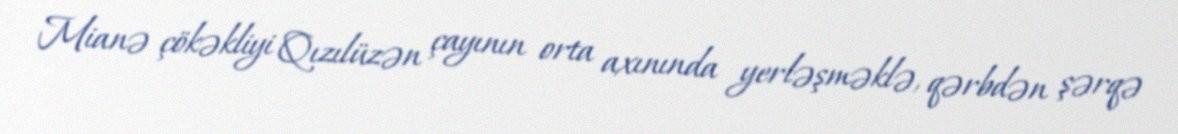
Mianə çökəkliyi Qızılüzən çayının orta axınında yerləşməklə, qərbdən şərqə